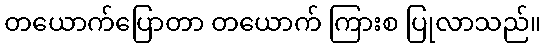
တယောက်ပြောတာ တယောက် ကြားစ ပြုလာသည်။